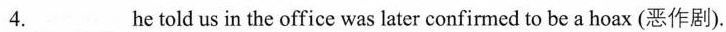
4.___he toldus in the office was later confirmed to be a hoax (恶作剧).